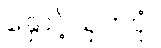
နှောင့်ယှက်ပုံ။